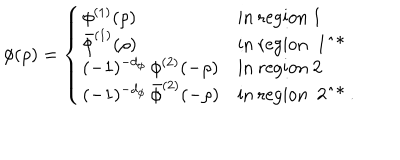
LaTeX: \phi ( \rho ) = \left\{ \left\{ \begin{cases} { { \phi ^ { ( 1 ) } ( \rho ) } } & { { i n r e g i o n 1 } } \\ { { \bar { \phi } ^ { ( 1 ) } ( \rho ) } } & { { i n r e g i o n 1 ^ { * } } } \\ { { ( - 1 ) ^ { - d _ { \phi } } \, \phi ^ { ( 2 ) } ( - \rho ) } } & { { i n r e g i o n 2 } } \\ { { ( - 1 ) ^ { - d _ { \phi } } \, \bar { \phi } ^ { ( 2 ) } ( - \rho ) } } & { { i n r e g i o n 2 ^ { * } . } } \\ \end{cases} \right. \right.